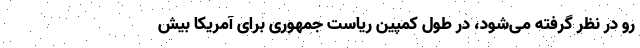
رو در نظر گرفته می‌شود، در طول کمپین ریاست جمهوری برای آمریکا بیش